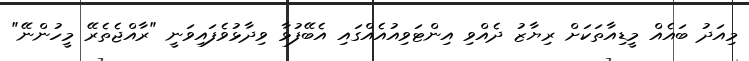
މިއަދު ބައެއް މީޑިއާތަކަށް ރިޔާޒު ދެއްވި އިންޓަވިއުއެއްގައި އެބޭފުޅާ ވިދާޅުވެފައިވަނީ "ރާއްޖެތެރޭ މީހުންނޭ"